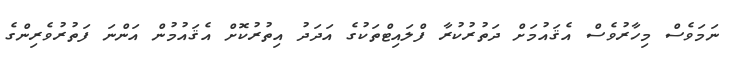
ނަމަވެސް މިހާރުވެސް އެޤައުމަށް ދަތުރުކުރާ ފްލައިޓްތަކުގެ އަދަދު އިތުރުކޮށް އެޤައުމުން އަންނަ ފަތުރުވެރިންގެ